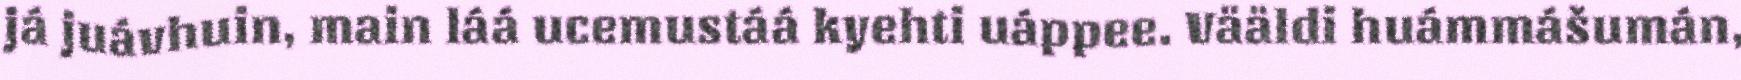
já juávhuin, main láá ucemustáá kyehti uáppee. Vääldi huámmášumán,